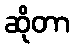
ဆိုတာ